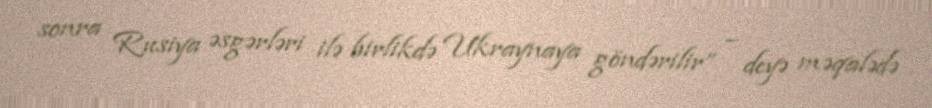
sonra Rusiya əsgərləri ilə birlikdə Ukraynaya göndərilir” – deyə məqalədə